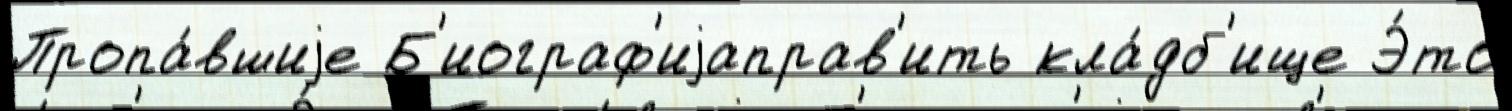
Пропа́вшиjе Б'иограф'иjаправ'ить кла́дб'ище Э́то